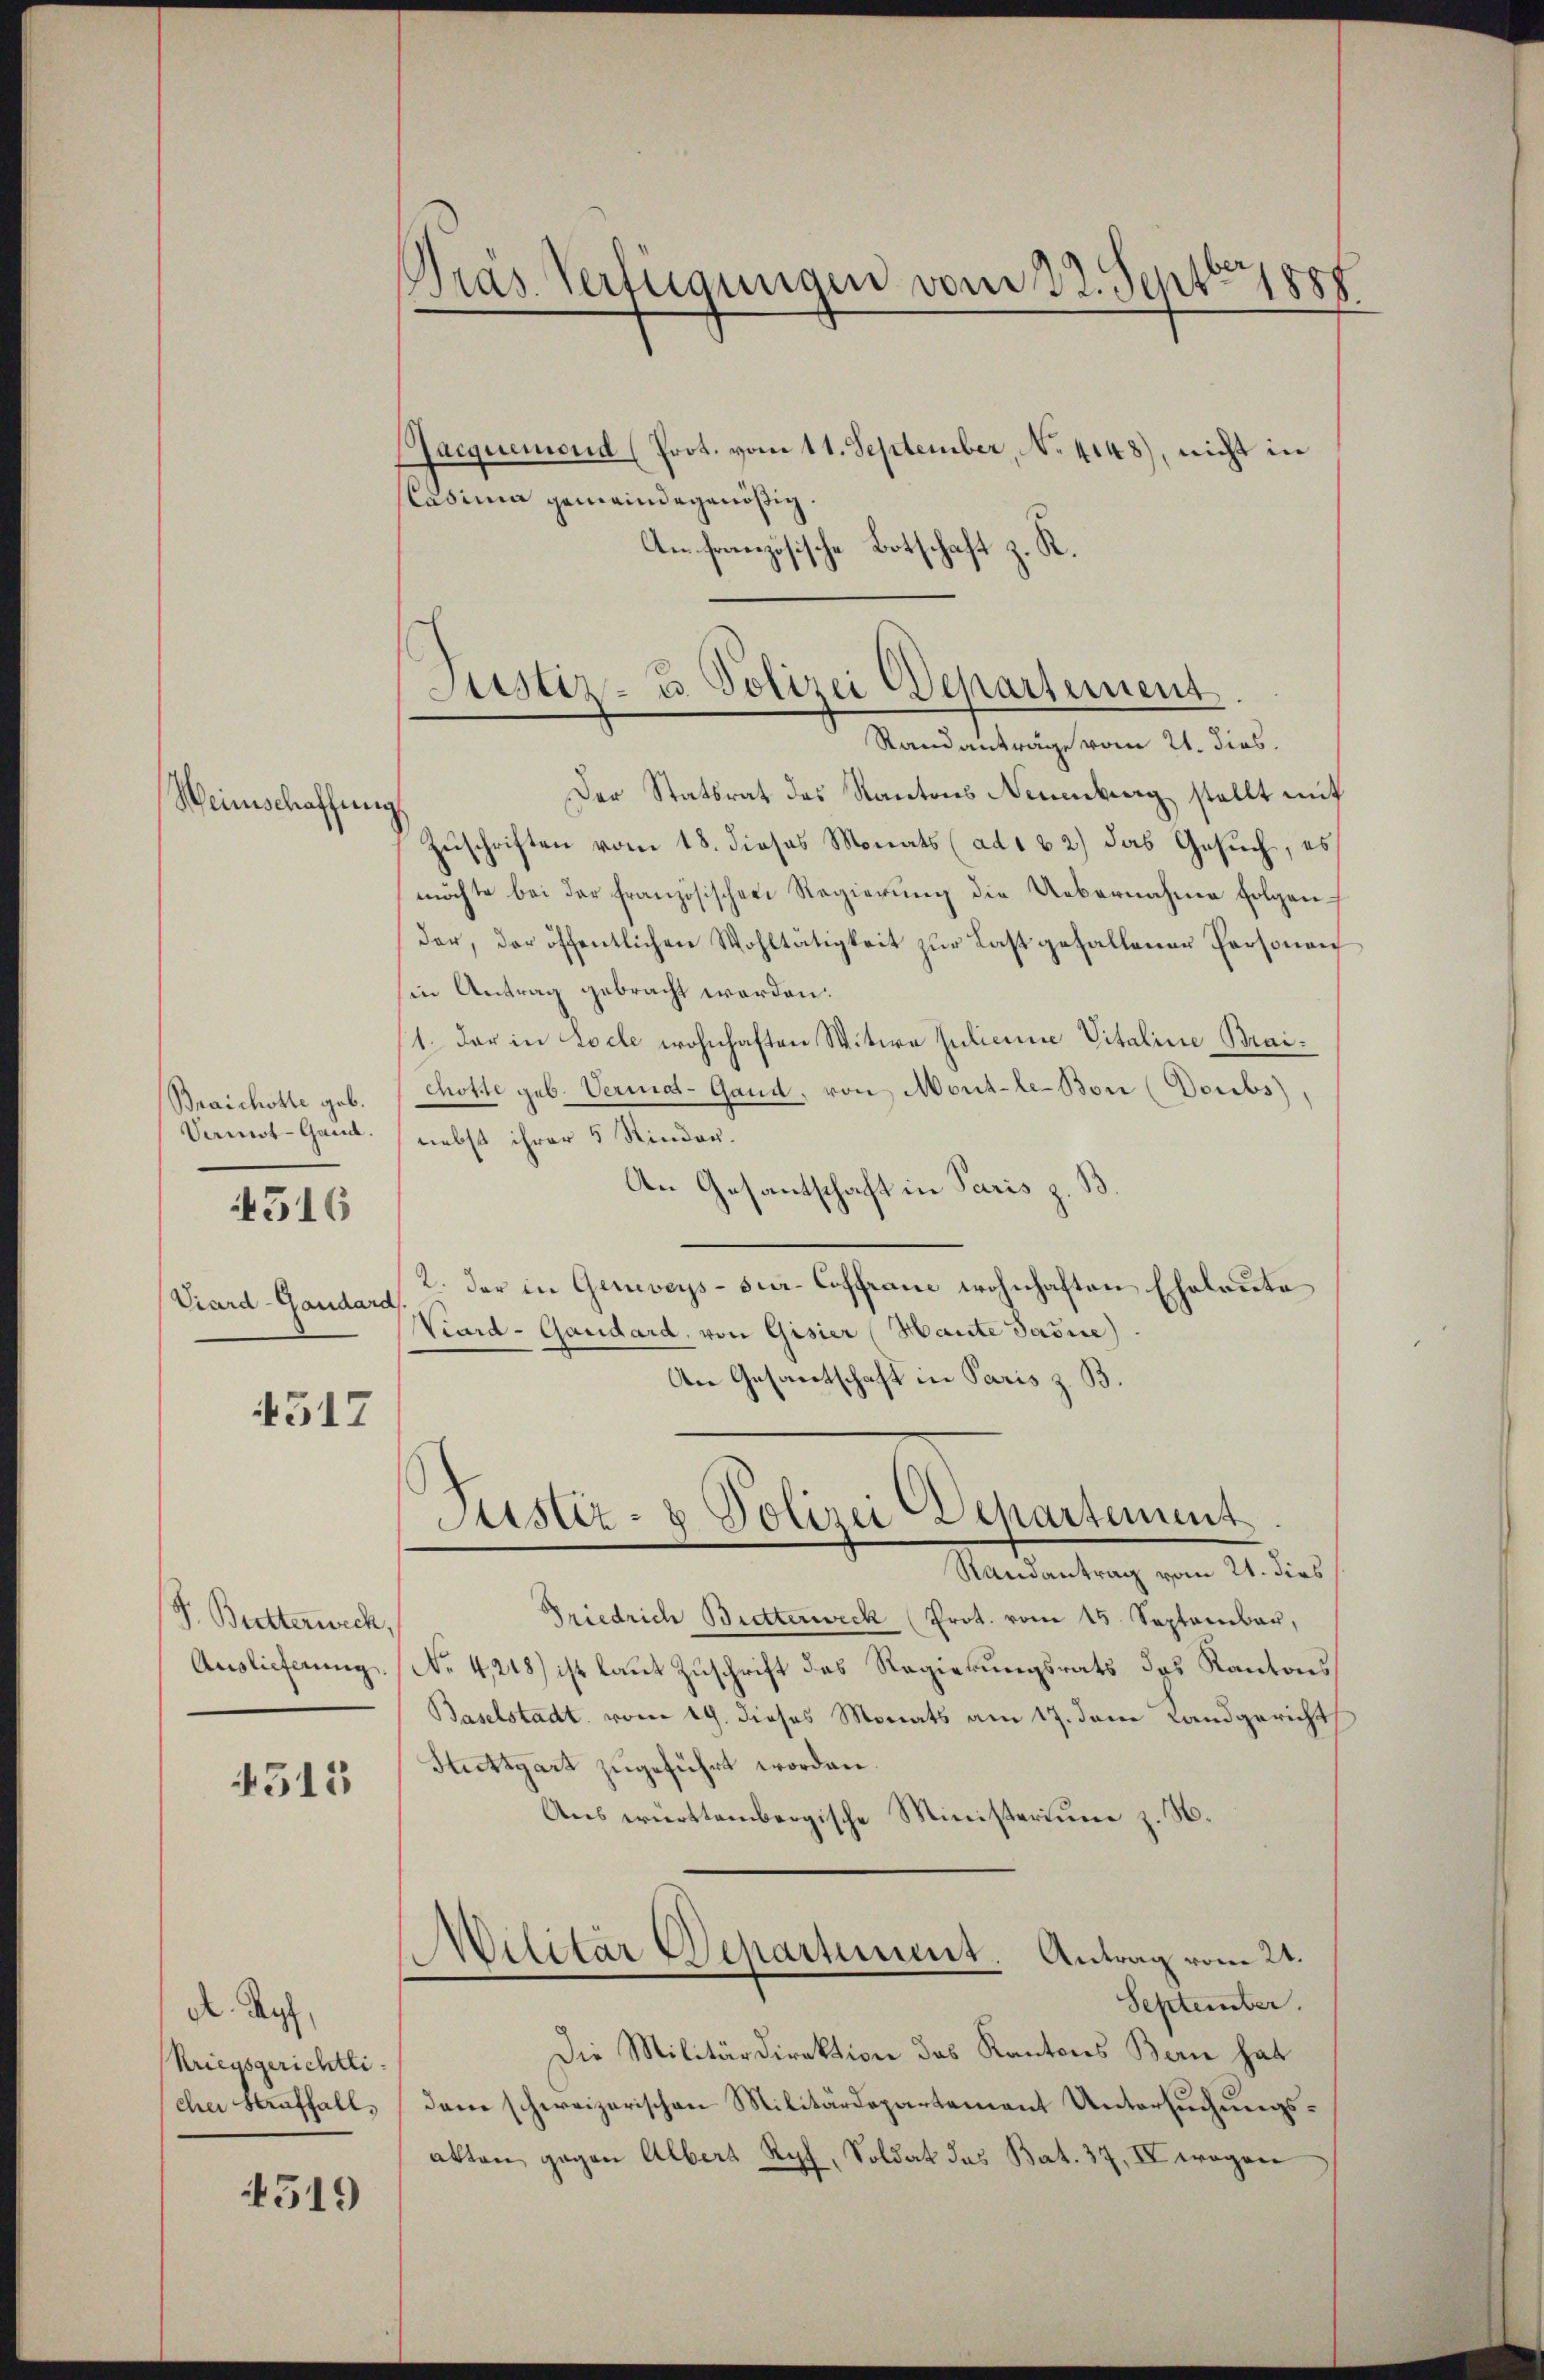
Weinschaffung.

Braichotte geb.
Vemot-Gand.
4516
Crard-Gaudard

517

P. Butterweck,
Auslieferung.

4515

4519

d. Tauf
Kriegsgerichtli
cher Kathall,

Gras Verfügungen vom 22. Septbr. 1888

Jacquemend (Prot. vom 11. September, No. 4148), nicht in
Casima gemeinde genößig.
An französische Botschaft z. R.

Justiz- u. Polizei Departement
Randanträge vom 21. dies

Der Statsrat des Kantons Neuenburg stellt mit
Zuschriften vom 18. dieses Monats (ad 1 2) das Gesuch, es
möchte bei der französischen Regierung die Uebernahme folgender, der öffentlichen Wohltätigkeit zur Last gefallener Personen
in Antrag gebracht werden.
1. Der in Loche wohnhaften Witwe Juliane Vitaline Braichotte geb. Vermat-Gand, von Mont-le-Bon (Doubs),
nebst ihrer 5 Kinder.
An Gesantschaft in Paris z. B.
2. Der in Geneveys-sier-Coffranz wohnhaften Eheleute
Viard-Gaudard, von Gisier (Hante Jašice)
An Gesandtschaft in Paris z. B.

Justiz- & Polizei Departement

Randantrag vom 21. dies
Friedrich Bretterweck (Prot. vom 15. September,
No 4248) ist laut Zuschrift des Regierungsrats des Kantons
Baselstadt vom 19. dieses Monats am 17. dem Landgerichts
Stuttgart zugeführt worden.
Aus württembergische Ministerium z. N.
Militär Departement. Antrag vom 21.
September.
Die Militärdirektion das Kantons Bern hat
den schweizerischen Militärdepartement Untersuchungsakten gegen Albert Ryf, Soldat das Bat. 37. IV wogen